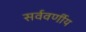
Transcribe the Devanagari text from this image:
सर्ववर्णीय